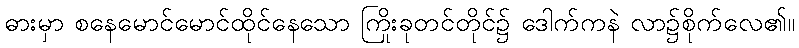
ဓားမှာ စနေမောင်မောင်ထိုင်နေသော ကြိုးခုတင်တိုင်၌ ဒေါက်ကနဲ လာ၌စိုက်လေ၏။